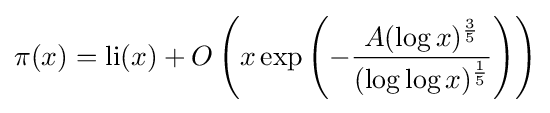
\pi (x)=\operatorname {li} (x)+O\left(x\exp \left(-{\frac {A(\log x)^{\frac {3}{5}}}{(\log \log x)^{\frac {1}{5}}}}\right)\right)